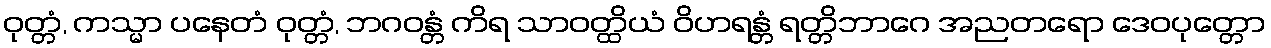
ဝုတ္တံ, ကသ္မာ ပနေတံ ဝုတ္တံ, ဘဂဝန္တံ ကိရ သာဝတ္ထိယံ ဝိဟရန္တံ ရတ္တိဘာဂေ အညတရော ဒေဝပုတ္တော